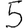
Digit: 5